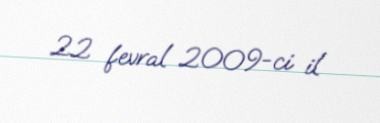
22 fevral 2009-ci il